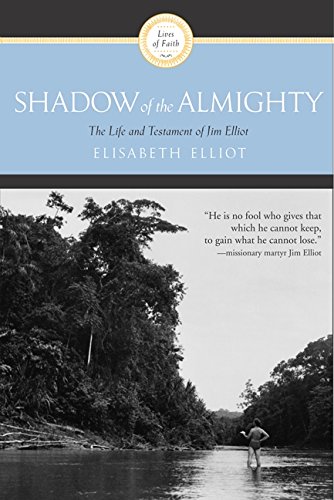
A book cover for Shadow Almighty: The Life and Testament of Jim Elliot (Lives of Faith); Zondervan; Christian Books & Bibles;